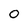
Character: 0